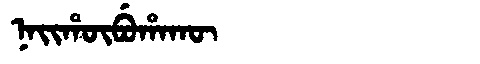
Manchu: ᠨᠠᡳᡥᡡᠪᡠᡥᠠᡴᡡ
Romanization: NAIHŪBUHAKŪ